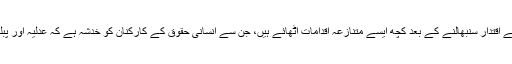
پولینڈ میں گزشتہ برس نومبر میں قدامت پسندوں کی طرف سے اقتدار سنبھالنے کے بعد کچھ ایسے متنازعہ اقدامات اٹھائے ہیں، جن سے انسانی حقوق کے کارکنان کو خدشہ ہے کہ عدلیہ اور پبلک براڈ کاسٹرز پر حکومت کی گرفت مضبوط ہو سکتی ہے۔